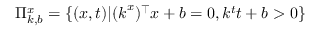
\Pi _ { k , b } ^ { x } = \{ ( \boldsymbol { x } , t ) | ( \boldsymbol { k } ^ { x } ) ^ { \top } \boldsymbol { x } + b = 0 , k ^ { t } t + b > 0 \}